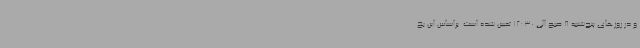
و در روزهای پنج‌شنبه 8 صبح الی 12:30 تعیین شده است. براساس این بخ